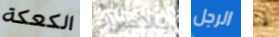
الكعكة بالاطراء الرجل لا